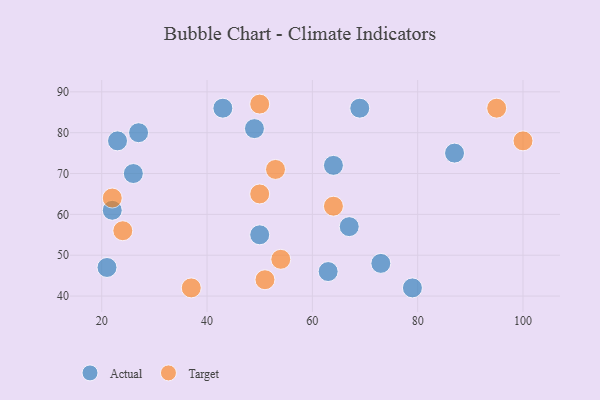
{"axis": {"x": "GDP", "y": "Life Expectancy"}, "legend": ["Actual", "Target"], "data": [{"x": "23", "y": 78, "type": "Actual"}, {"x": "79", "y": 42, "type": "Actual"}, {"x": "63", "y": 46, "type": "Actual"}, {"x": "21", "y": 47, "type": "Actual"}, {"x": "69", "y": 86, "type": "Actual"}, {"x": "73", "y": 48, "type": "Actual"}, {"x": "67", "y": 57, "type": "Actual"}, {"x": "27", "y": 80, "type": "Actual"}, {"x": "43", "y": 86, "type": "Actual"}, {"x": "50", "y": 55, "type": "Actual"}, {"x": "22", "y": 61, "type": "Actual"}, {"x": "87", "y": 75, "type": "Actual"}, {"x": "26", "y": 70, "type": "Actual"}, {"x": "64", "y": 72, "type": "Actual"}, {"x": "49", "y": 81, "type": "Actual"}, {"x": "22", "y": 64, "type": "Target"}, {"x": "51", "y": 44, "type": "Target"}, {"x": "95", "y": 86, "type": "Target"}, {"x": "54", "y": 49, "type": "Target"}, {"x": "100", "y": 78, "type": "Target"}, {"x": "24", "y": 56, "type": "Target"}, {"x": "50", "y": 65, "type": "Target"}, {"x": "53", "y": 71, "type": "Target"}, {"x": "64", "y": 62, "type": "Target"}, {"x": "50", "y": 87, "type": "Target"}, {"x": "37", "y": 42, "type": "Target"}]}